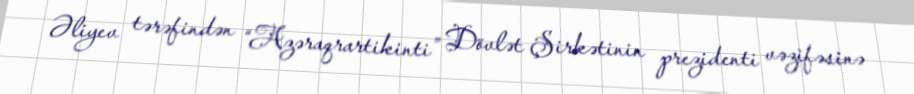
Əliyev tərəfindən “Azəraqrartikinti” Dövlət Şirkətinin prezidenti vəzifəsinə